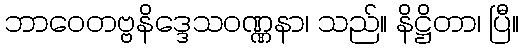
ဘာဝေတဗ္ဗနိဒ္ဒေသဝဏ္ဏနာ၊ သည်။ နိဋ္ဌိတာ၊ ပြီ။